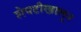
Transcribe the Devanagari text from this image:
शेपटीखालून